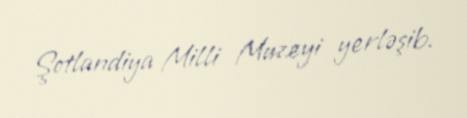
Şotlandiya Milli Muzeyi yerləşib.